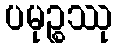
ပမုဉ္စဿု